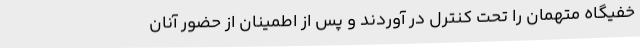
خفیگاه متهمان را تحت کنترل در آوردند و پس از اطمینان از حضور آنان